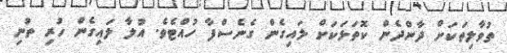
ތުވާލިތަކަށް ދާންދެން ކޮތަޅަކަށް ލައިގެން ގެނެސްފާ ހުއްޓެވެ. އުލާ ލައިގެން ހުރި ތުނި